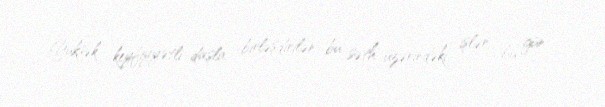
Yüksək keyfiyyətli daşla birləşdirilən bu səth üzərindəki işlər, bu gün